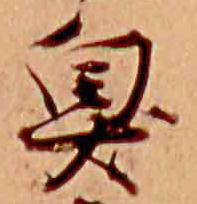
臭